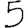
Digit: 5